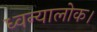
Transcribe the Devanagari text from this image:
ध्वन्यालोक।